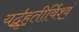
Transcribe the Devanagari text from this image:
यद्बृ॑ह॒तीर्विश्वं॒